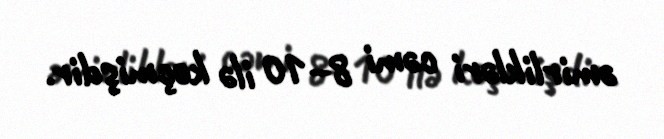
əmirlikləri cəmi 8–10 ilə keçmişdir.